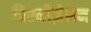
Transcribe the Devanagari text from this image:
विश्व्लैज़ेशन